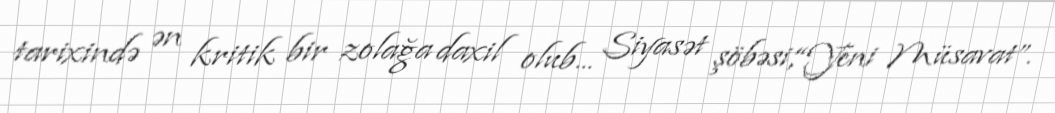
tarixində ən kritik bir zolağa daxil olub... Siyasət şöbəsi,“Yeni Müsavat”.